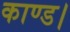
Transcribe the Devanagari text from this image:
काण्ड।